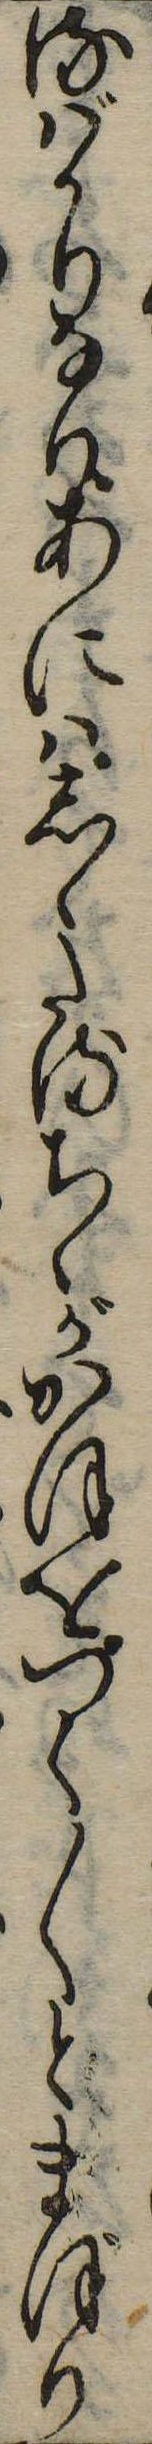
るばかりなりあにはしゝたるちゝがかほをつく〱とまぼり